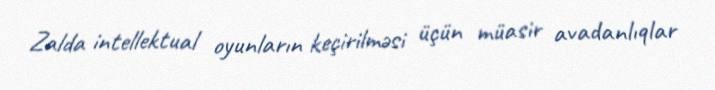
Zalda intellektual oyunların keçirilməsi üçün müasir avadanlıqlar